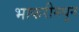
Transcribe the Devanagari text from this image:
भाकरीमधून